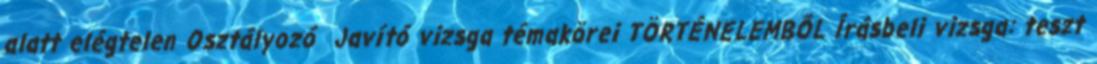
alatt elégtelen Osztályozó Javító vizsga témakörei TÖRTÉNELEMBŐL Írásbeli vizsga: teszt